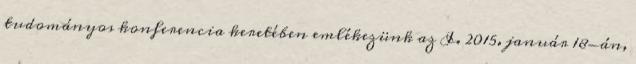
tudományos konferencia keretében emlékezünk az I. 2015. január 18-án,